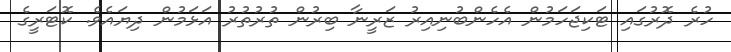
ހުރެ ދޮރުގައި ޓަކިޖަހަމުން އެހެންބުނިއިރު ޒަރީނާ ބިރުން ތުރުތުރު އަޅަމުން ދިޔައެވެ. ކޮޓަރީގެ